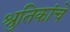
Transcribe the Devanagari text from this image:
श्रुतिकांचे